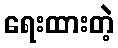
ရေးထားတဲ့